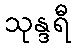
သုန္ဒရီ